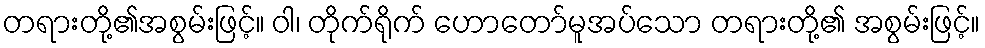
တရားတို့၏အစွမ်းဖြင့်။ ဝါ၊ တိုက်ရိုက် ဟောတော်မူအပ်သော တရားတို့၏ အစွမ်းဖြင့်။